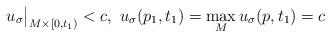
LaTeX: \begin{align*}u_\sigma \big|_{M \times [0, t_1 )} <c, \ u_\sigma(p_1, t_1) = \max_M u_\sigma (p, t_1 ) =c\end{align*}